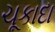
ચૂકાદા